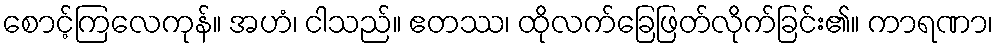
စောင့်ကြလေကုန်။ အဟံ၊ ငါသည်။ ဧတဿ၊ ထိုလက်ခြေဖြတ်လိုက်ခြင်း၏။ ကာရဏာ၊